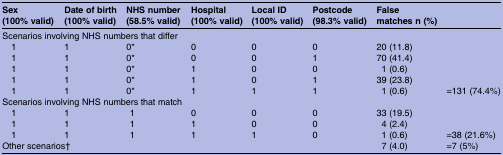
<table><thead><tr><td><b>Sex (100% valid)</b></td><td><b>Date of birth (100% valid)</b></td><td><b>NHS number (58.5% valid)</b></td><td><b>Hospital (100% valid)</b></td><td><b>Local ID (100% valid)</b></td><td><b>Postcode (98.3% valid)</b></td><td><b>False matches n (%)</b></td><td></td></tr></thead><tbody><tr><td colspan="7">Scenarios involving NHS numbers that differ</td><td></td></tr><tr><td> 1</td><td>1</td><td>0*</td><td>0</td><td>0</td><td>0</td><td>20 (11.8)</td><td></td></tr><tr><td> 1</td><td>1</td><td>0*</td><td>0</td><td>0</td><td>1</td><td>70 (41.4)</td><td></td></tr><tr><td> 1</td><td>1</td><td>0*</td><td>1</td><td>0</td><td>0</td><td>1 (0.6)</td><td></td></tr><tr><td> 1</td><td>1</td><td>0*</td><td>1</td><td>0</td><td>1</td><td>39 (23.8)</td><td></td></tr><tr><td> 1</td><td>1</td><td>0*</td><td>1</td><td>1</td><td>1</td><td>1 (0.6)</td><td>=131 (74.4%)</td></tr><tr><td colspan="7">Scenarios involving NHS numbers that match</td><td></td></tr><tr><td> 1</td><td>1</td><td>1</td><td>0</td><td>0</td><td>0</td><td>33 (19.5)</td><td></td></tr><tr><td> 1</td><td>1</td><td>1</td><td>1</td><td>0</td><td>0</td><td>4 (2.4)</td><td></td></tr><tr><td> 1</td><td>1</td><td>1</td><td>1</td><td>1</td><td>0</td><td>1 (0.6)</td><td>=38 (21.6%)</td></tr><tr><td colspan="6">Other scenarios†</td><td>7 (4.0)</td><td>=7 (5%)</td></tr></tbody></table>